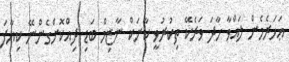
ޢަހަރެމެން ލައްވާ ހާދަ ވަރެކޭ ތިކުރުވީ ކާނަކް ނާޒިމް ބަޑި ދިއްކޮށްގެންނޭ ކިޔާފަ